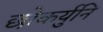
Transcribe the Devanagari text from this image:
छोकर्युनि